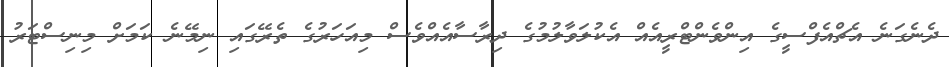
ދެނެގަނެ އެޗްއެފްސީގެ އިންވެންޓްރީއެއް އެކުލަވާލުމުގެ ދިރާސާއެއްވެސް މިއަހަރުގެ ތެރޭގައި ނިމޭނެ ކަމަށް މިނިސްޓަރު